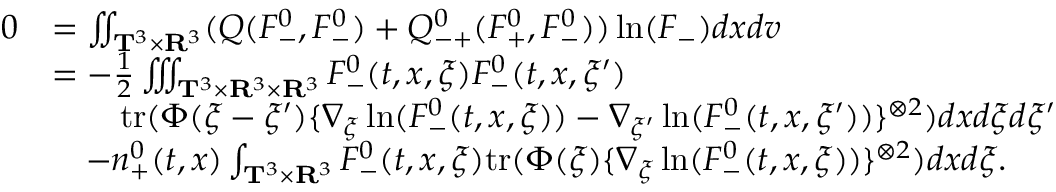
\begin{array} { r l } { 0 } & { = \iint _ { \mathbf T ^ { 3 } \times \mathbf R ^ { 3 } } ( Q ( F _ { - } ^ { 0 } , F _ { - } ^ { 0 } ) + Q _ { - + } ^ { 0 } ( F _ { + } ^ { 0 } , F _ { - } ^ { 0 } ) ) \ln ( F _ { - } ) d x d v } \\ & { = - \frac { 1 } { 2 } \iiint _ { \mathbf T ^ { 3 } \times \mathbf R ^ { 3 } \times \mathbf R ^ { 3 } } F _ { - } ^ { 0 } ( t , x , \xi ) F _ { - } ^ { 0 } ( t , x , \xi ^ { \prime } ) } \\ & { \quad \quad \mathrm { t r } ( \Phi ( \xi - \xi ^ { \prime } ) \{ \nabla _ { \xi } \ln ( F _ { - } ^ { 0 } ( t , x , \xi ) ) - \nabla _ { \xi ^ { \prime } } \ln ( F _ { - } ^ { 0 } ( t , x , \xi ^ { \prime } ) ) \} ^ { \otimes 2 } ) d x d \xi d \xi ^ { \prime } } \\ & { \quad - n _ { + } ^ { 0 } ( t , x ) \int _ { \mathbf T ^ { 3 } \times \mathbf R ^ { 3 } } F _ { - } ^ { 0 } ( t , x , \xi ) \mathrm { t r } ( \Phi ( \xi ) \{ \nabla _ { \xi } \ln ( F _ { - } ^ { 0 } ( t , x , \xi ) ) \} ^ { \otimes 2 } ) d x d \xi . } \end{array}